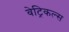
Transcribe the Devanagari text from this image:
वेट्रिकल्स